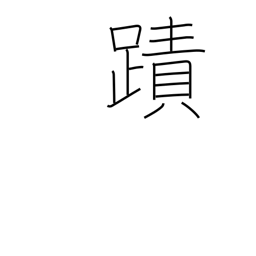
Meaning: footprint